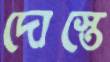
দোস্তে